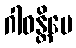
ဂါဓန္တိပေ